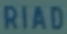
RIAD